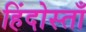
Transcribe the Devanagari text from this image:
हिंदोस्ताँ